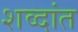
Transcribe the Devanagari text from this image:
शव्दांत